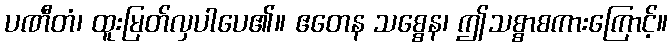
ပဏီတံ၊ ထူးမြတ်လှပါပေ၏။ ဧတေန သစ္စေန၊ ဤသစ္စာစကားကြောင့်။